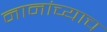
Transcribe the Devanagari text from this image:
नानांच्याच